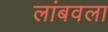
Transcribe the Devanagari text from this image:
लांबवला